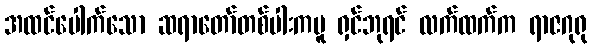
အထင်ပေါက်သော ဆရာတော်တစ်ပါးကမူ ရှင်ဘုရင် လက်ထက်က ရာဇဂုရု